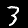
Label: 3